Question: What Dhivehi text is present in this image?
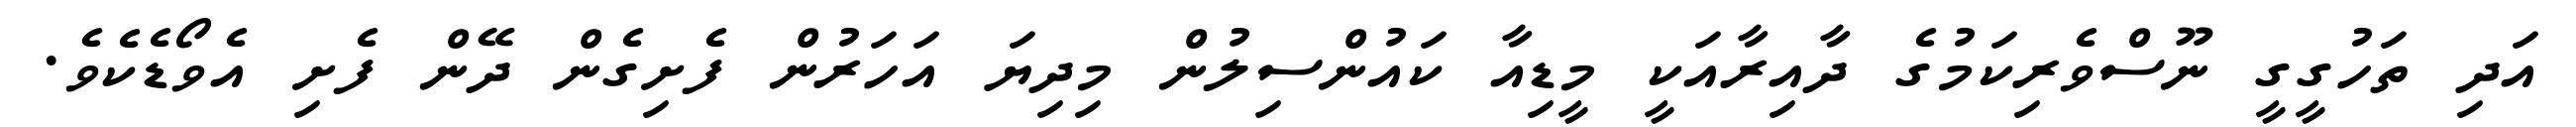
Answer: އަދި ތަހުގީގީ ނޫސްވެރިކަމުގެ ދާއިރާއަކީ މީޑިއާ ކައުންސިލުން މިދިޔަ އަހަރުން ފެށިގެން ދޭން ފެށި އެވޯޑެކެވެ.